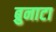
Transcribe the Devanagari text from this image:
ब्रुनाटा